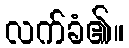
လက်ခံ၏။